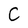
Character: C